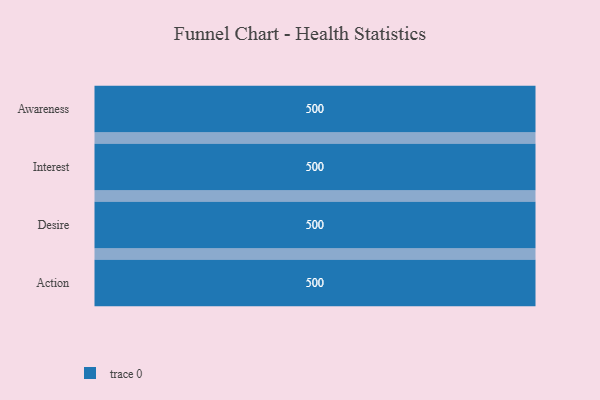
{"axis": {"x": "Stage", "y": "Value"}, "legend": [""], "data": [{"x": "Awareness", "y": 500, "type": ""}, {"x": "Interest", "y": 500, "type": ""}, {"x": "Desire", "y": 500, "type": ""}, {"x": "Action", "y": 500, "type": ""}]}